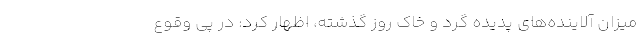
میزان آلاینده‌های پدیده گرد و خاک روز گذشته، اظهار کرد: در پی وقوع